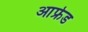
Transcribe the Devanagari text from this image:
आफ्रेड